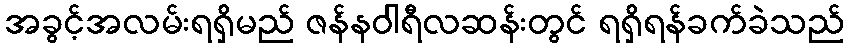
အခွင့်အလမ်းရရှိမည် ဇန်နဝါရီလဆန်းတွင် ရရှိရန်ခက်ခဲသည်